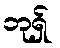
ဘုရှ်